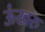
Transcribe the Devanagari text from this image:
ऊंखरु